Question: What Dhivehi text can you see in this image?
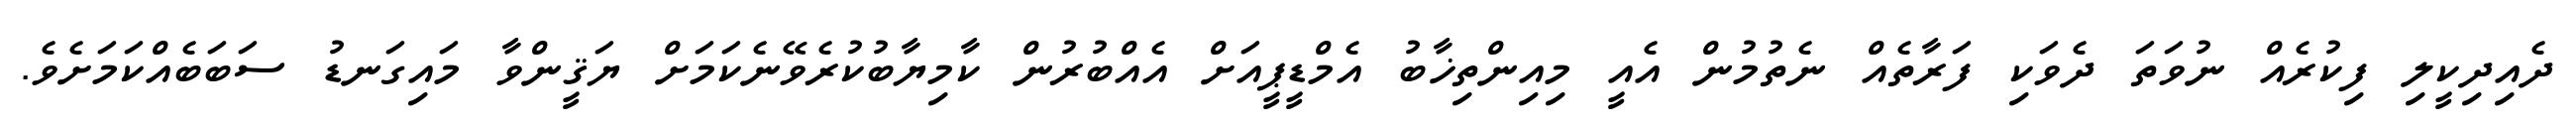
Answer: ދެއިދިކީލި ފިކުރެއް ނުވަތަ ދެވަކި ފަރާތެއް ނެތުމުން އެއީ މިއިންތިޚާބު އެމްޑީޕީއަށް އެއްބުރުން ކާމިޔާބުކުރެވޭނެކަމަށް ޔަޤީންވާ މައިގަނޑު ސަބަބެއްކަމަށެވެ.